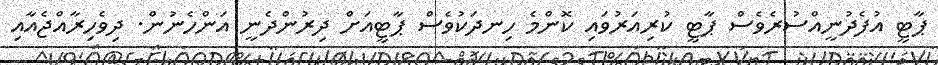
ޕާޓީ އުފެދުނީއްސުރެވެސް ޕާޓީ ކުރިއަރުވައި ކޮންމެ ހިނދަކުވެސް ޕާޓީއަށް ދިރުންދެނީ އަންހެނުން. ދިވެހިރާއްޖެއާއި